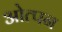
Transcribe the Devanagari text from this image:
ओत्पन